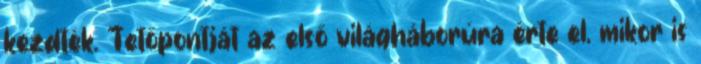
kezdték. Tetőpontját az első világháborúra érte el, mikor is